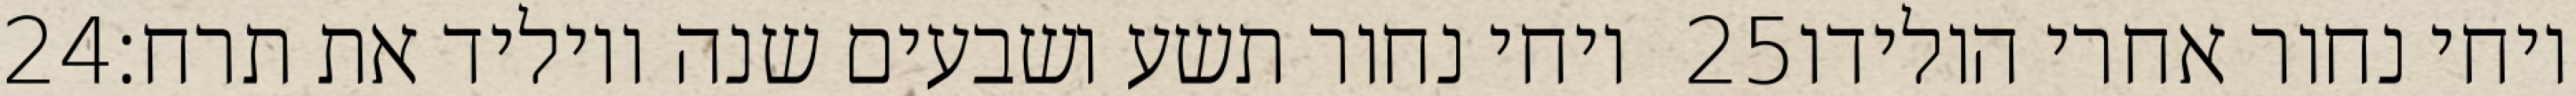
‎24‏ ויחי נחור תשע ושבעים שנה ויוליד את תרח׃ ‎25‏ ויחי נחור אחרי הולידו